Lunatic asylums Central Provinces reports 1874-1885 - 1874-1885
Year: 1874
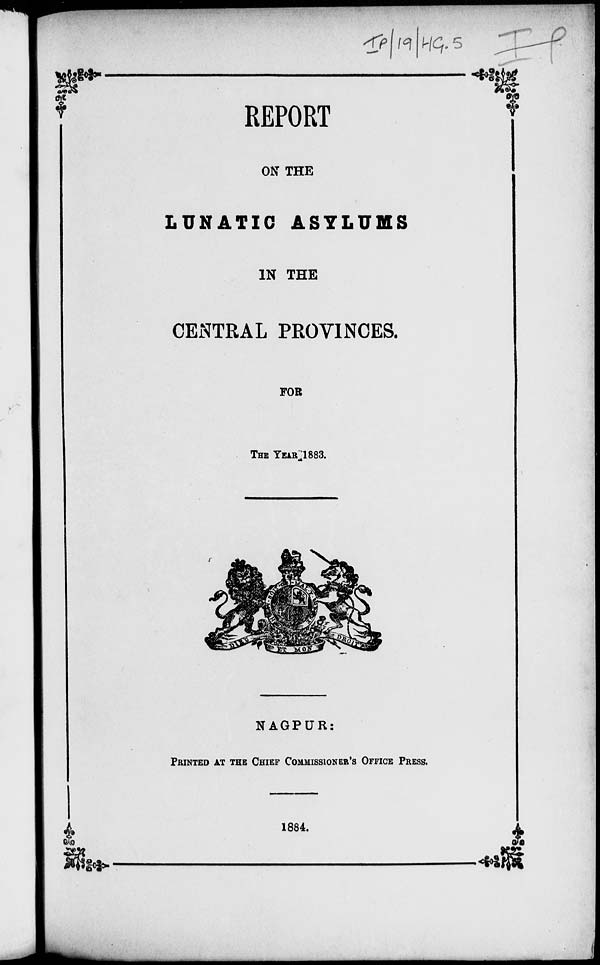
REPORT
ON THE
LUNATIC ASYLUMS
IN THE
CENTRAL PROVINCES.
FOR
THE YEAR 1883.
NAGPUR:
PRINTED AT THE CHIEF COMMISSIONER 'S OFFICE PRESS
1884.